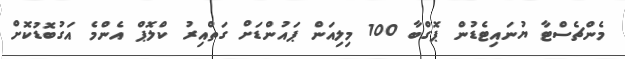
މެންޗެސްޓާ ޔުނައިޓެޑުން ޕޮގްބާ 100 މިލިއަން ޕައުންޑަށް ގަތްއިރު ކްލޮޕް އެންމެ އަގުބޮޑުކޮށް